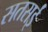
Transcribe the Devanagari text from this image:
सतसईं